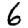
Digit: 6